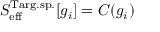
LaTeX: S _ { \mathrm { e f f } } ^ { \mathrm { T a r g . s p . } } [ g _ { i } ] = C ( g _ { i } )